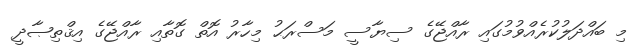
މި ބައްދަލުކުރެއްވުމުގައި ރާއްޖޭގެ ސިޔާސީ މަސްރަޙު މިހާރު އޮތް ގޮތާއި ރާއްޖޭގެ އިޤްތިޞާދީ